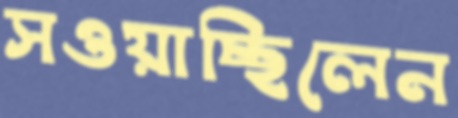
সওয়াচ্ছিলেন